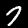
Digit: 7